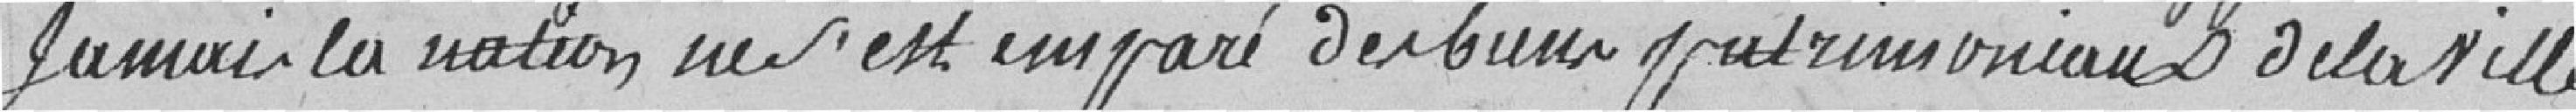
jamais la nation ne s'est emparée des biens patrimoniaux de la ville